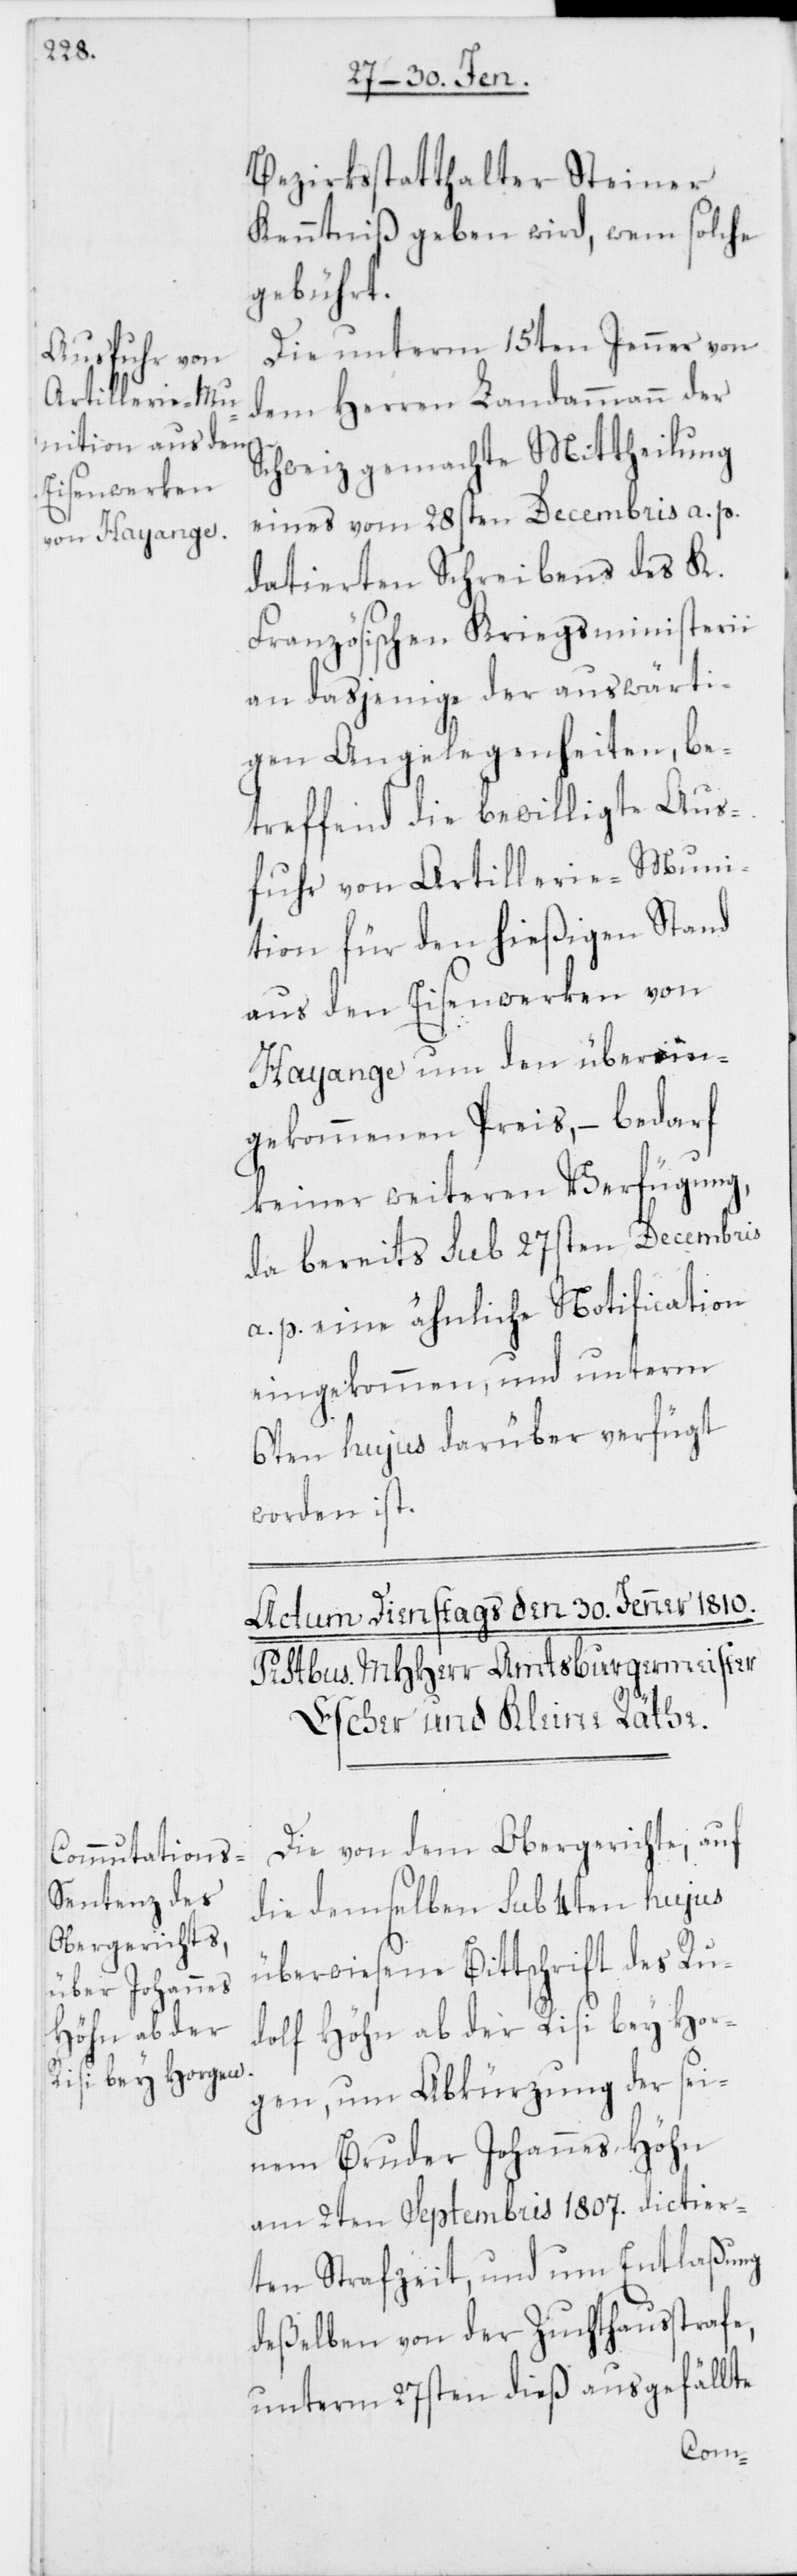
Bezirksstatthalter Steiner
Kenntniß geben wird, wem solche
gebührt.
Die unterm 15ten Jenner von
dem Herren Landammann der
Schweiz gemachte Mittheilung
eines vom 28sten Decembris a. p.
datierten Schreibens des K.
Französischen Kriegsministerii
an dasjenige der auswärti¬
gen Angelegenheiten, be¬
treffend die bewilligte Aus¬
fuhr von Artillerie-Muni¬
tion für den hießigen Stand
aus den Eisenwerken von
Hayange um den überein¬
gekommenen Preis, – bedarf
keiner weiteren Verfügung,
da bereits sub 27sten Decembris
a. p. eine ähnliche Notification
eingekommen, und unterm
6ten hujus darüber verfügt
worden ist.
Die von dem Obergerichte, auf
die demselben sub 4ten hujus
überwiesene Bittschrift des Ru¬
dolf Höhn ab der Risi bey Hor¬
gen, um Abkürzung der sei¬
nem Bruder Johannes Höhn
am 2ten Septembris 1807. dictier¬
ten Strafzeit, und um Entlaßung
deßelben von der Zuchthaußtrafe,
unterm 27sten dieß ausgefällte